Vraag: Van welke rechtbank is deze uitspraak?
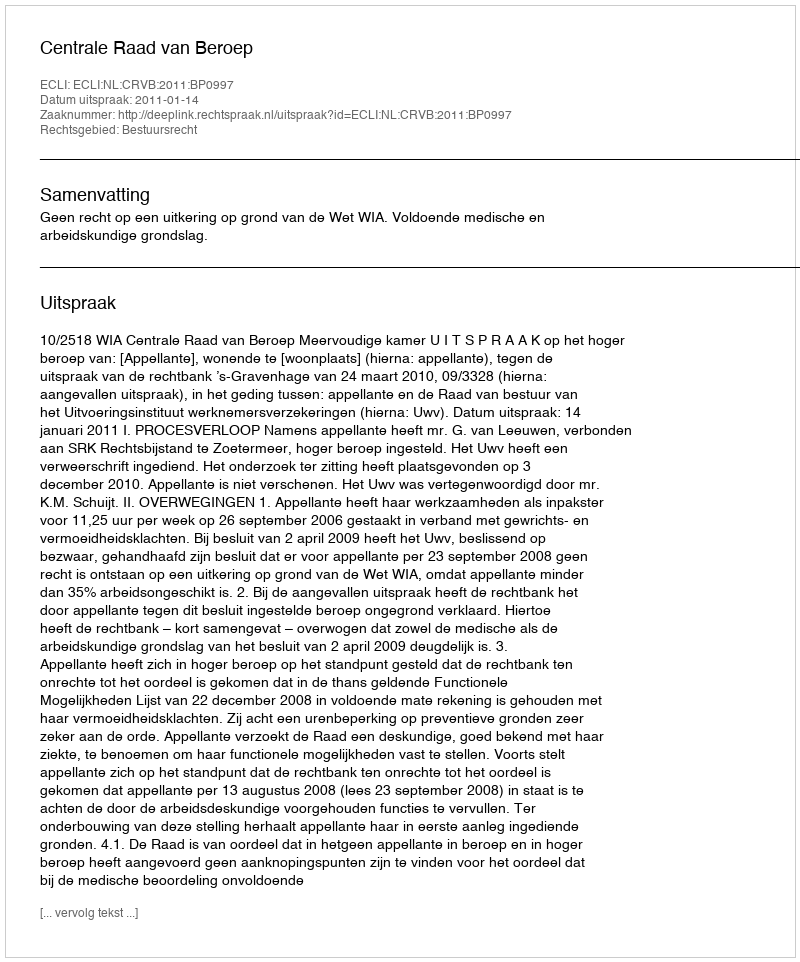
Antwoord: Centrale Raad van Beroep